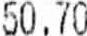
50.70